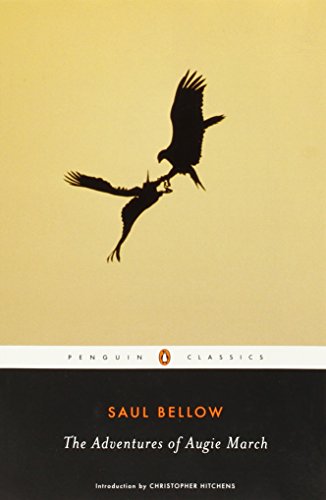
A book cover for The Adventures of Augie March (Penguin Classics); Saul Bellow; Literature & Fiction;